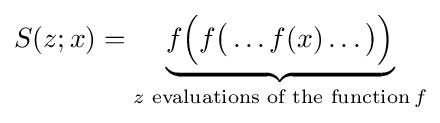
S(z;x)=\underbrace {f{\Big (}f{\big (}\dots f(x)\dots {\big )}{\Big )}} _{z{\text{ evaluations of the function}}\,f}